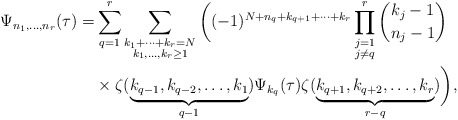
\begin{align*}\begin{aligned}\Psi_{n_1,\ldots,n_r}(\tau)=& \sum_{q=1}^r\sum_{\substack{k_1+\cdots+k_r=N\\k_1,\ldots,k_r\ge1}} \bigg( (-1)^{N+n_q+k_{q+1}+\cdots+k_r} \prod_{\substack{j=1\\j\neq q}}^{r} \binom{k_j-1}{n_j-1} \\&\times\zeta(\underbrace{k_{q-1},k_{q-2},\ldots,k_1}_{q-1})\Psi_{k_q}(\tau) \zeta(\underbrace{k_{q+1},k_{q+2},\ldots,k_r}_{r-q})\bigg),\end{aligned}\end{align*}